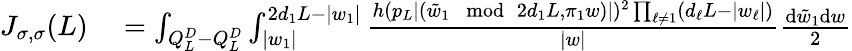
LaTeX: \begin{array}{rl}{J_{\sigma,\sigma}(L)}&{{}=\int_{Q_{L}^{D}-Q_{L}^{D}}\int_{|w_{1}|}^{2d_{1}L-|w_{1}|}\frac{h(p_{L}|(\tilde{w}_{1}\mod 2d_{1}L,\pi_{1}w)|)^{2}\prod_{\ell\neq 1}(d_{\ell}L-|w_{\ell}|)}{|w|}\frac{\mathrm{d}\tilde{w}_{1}\mathrm{d}w}{2}}\end{array}